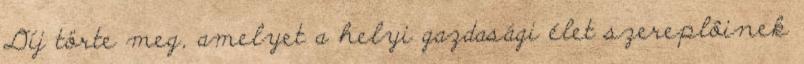
Díj törte meg, amelyet a helyi gazdasági élet szereplôinek